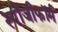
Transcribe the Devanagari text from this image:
स्पौंजीफॉर्म